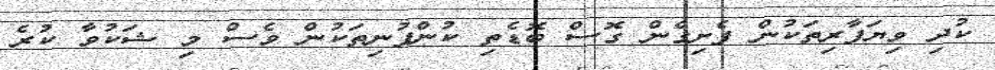
ކުދި ވިޔަފާރިތަކުން ފެށިގެން ގޮސް ބޮޑެތި ކުންފުނިތަކުން ވެސް މި ޝަކުވާ ކުރެ